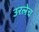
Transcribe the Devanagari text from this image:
उरलेच